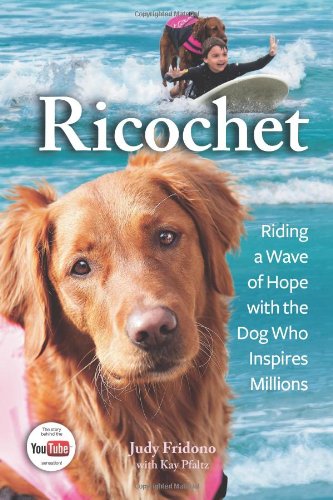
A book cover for Ricochet: Riding a Wave of Hope with the Dog Who Inspires Millions; Judy Fridono; Biographies & Memoirs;